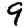
Digit: 9